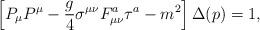
LaTeX: \begin{align*}\left[P_\mu P^\mu-{g\over4}\sigma^{\mu\nu}F^a_{\mu\nu}\tau^a-m^2\right]\Delta(p)=1,\end{align*}